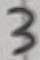
Text: 3